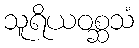
သူရိယဝစ္ဆသံ